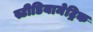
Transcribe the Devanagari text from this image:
स्टीडियामेट्रिक